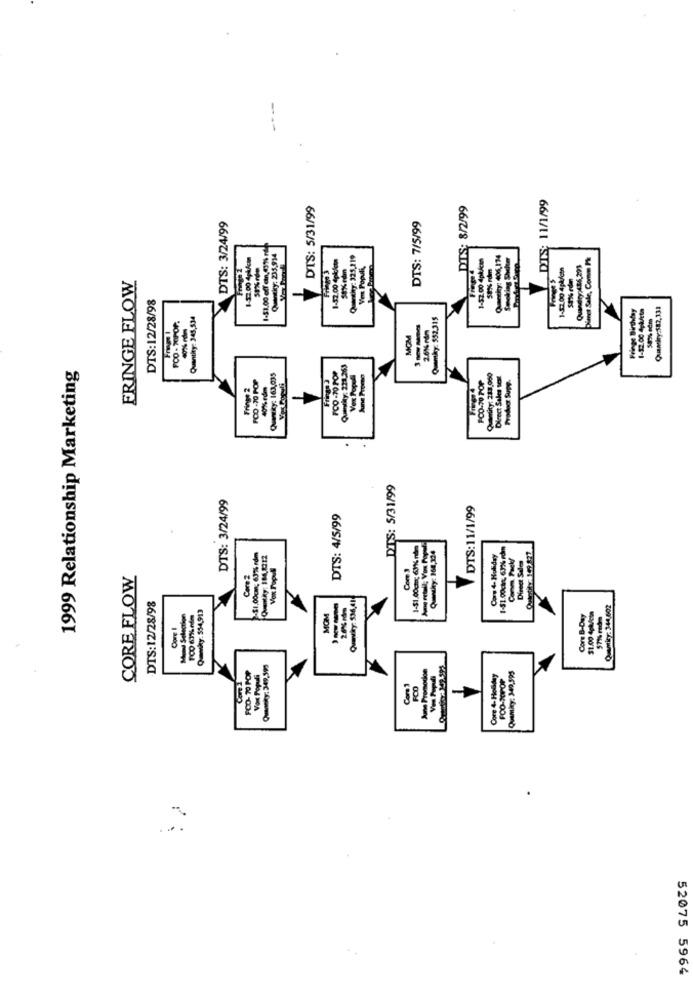
DIS: 11/1/99
DTS: 5/31/99
DTS: 8/2/99
DTS: 3/24/99
DTS: 7/5/99
1-$1.00 off an, (31% r)
Quandkry: 235,914
Quenchy: 325,119
1-52.00 4pk/m
Queneky: 406,134
Smoking Shelter
Pime Sale, Comm Pr
1-32.00 4pkckt
59%edm
Vox Populi,
Fringe 4
1-57.00 4på/cin
ty:426,295
FRINGE FLOW
-
DTS:12/28/98
Fringe Birthday
1-32.00 Aplete
POO - TIPOP.
Quantity: 345,534
Quemky: 552.315
2.0% nám
MOM
1999 Relationship Marketing
FOO -30 POR
Quantity: 221,363
Quesiky: 163,035
Vox Populi
FC0-70 POP
Quantity: 213,000
Direct Sales sest
Product Supp.
Fringe 2
FOD -70 PO
40% edm
DTS: 5/31/99
DTS: 3/24/99
DTS:11/1/99
DTS: 4/5/99
1-31.00ch; 61% rbm
Quesky: 264,324
1-31.00ck, 63% rdm
-$1.00cm; 637% rdm
Chatky: 184,8212
Core 4- Holiday
Comm, Pack
Direct Sales
Vox Populi
Com'3
CORE FLOW
Core2
-DTS:12/28/98
Quaseky: 536,41
Quentinz 344,602
MOM
Core B-Day
$1.00 4pk/cta
57% redm
Quantky: 349,59
FCO- 70 POP
Vox Populi
Core 4-Holiday
FCO-MOPOP
Quemkry: 340,595
FCO
52075 5964